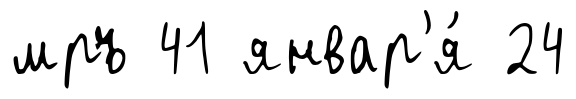
мръ 41 январ'я́ 24